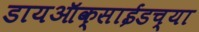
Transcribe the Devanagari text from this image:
डायऑक्साईडच्या